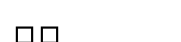
٦٥